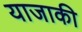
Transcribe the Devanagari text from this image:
याजाकी